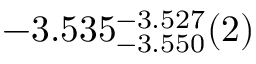
- 3 . 5 3 5 _ { - 3 . 5 5 0 } ^ { - 3 . 5 2 7 } ( 2 )